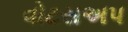
વોટસઅપ